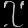
Digit: ၇